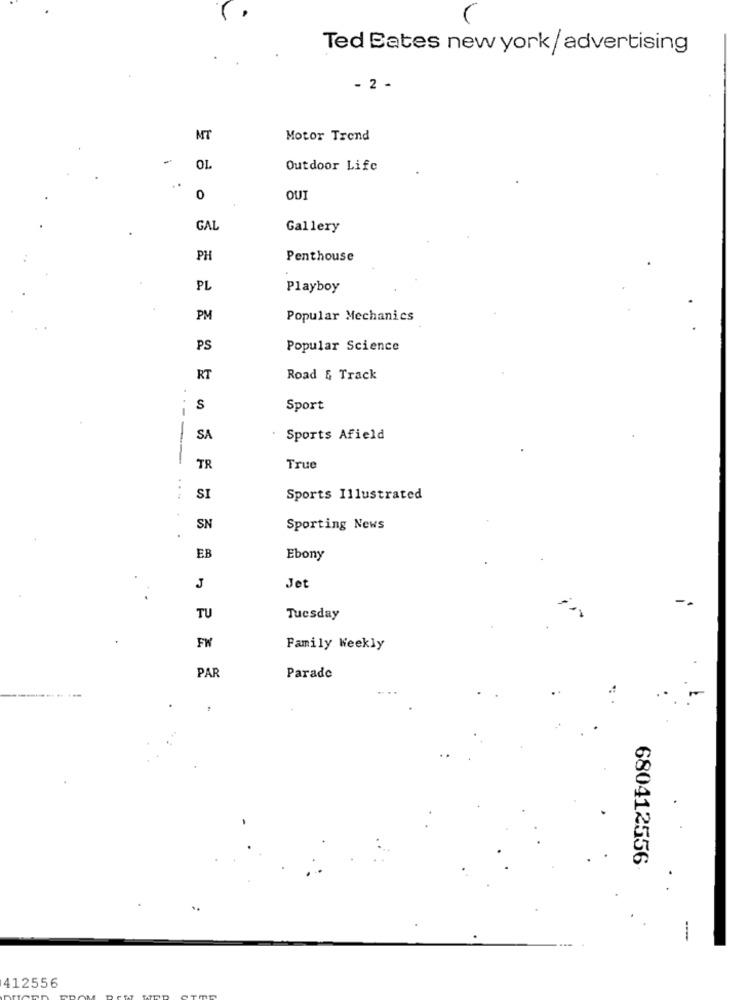
V
Ted Eates new york/ advertising
2
MT
Motor Trend
-
OL
Outdoor Life
0
OUI
GAL
Gallery
PH
Penthouse
PL
Playboy
PM
Popular Mechanics
PS
Popular Science
RT
Road & Track
S
Sport
SA
Sports Afield
TR
True
...
SI
Sports Illustrated
SN
Sporting News
EB
Ebony
J
Jet
-
TU
Tuesday
Family Weekly
PAR
Parade
680412556
412556